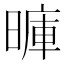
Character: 𪰽